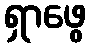
ရှာဖွေ